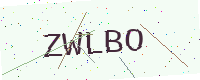
Text: ZWLBO